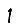
Digit: 1